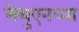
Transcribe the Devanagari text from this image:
मेथुएनच्या